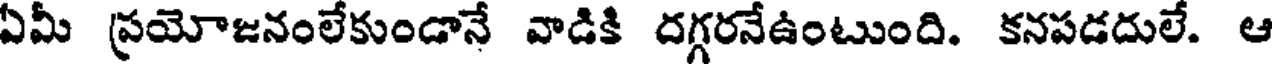
ఏమీ ప్రయోజనంలేకుండానే వాడికి దగ్గరనేఉంటుంది. కనపడదులే. ఆ